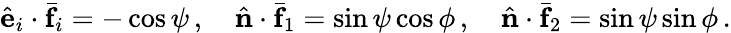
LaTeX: \hat{\mathbf e}_{i}\cdot\bar{\mathbf f}_{i}=-\cos\psi\, ,\quad\hat{\mathbf n}\cdot\bar{\mathbf f}_{1}=\sin\psi\cos\phi\, ,\quad\hat{\mathbf n}\cdot\bar{\mathbf f}_{2}=\sin\psi\sin\phi\, .